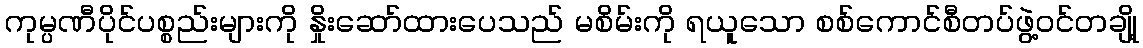
ကုမ္ပဏီပိုင်ပစ္စည်းများကို နှိုးဆော်ထားပေသည် မစိမ်းကို ရယူသော စစ်ကောင်စီတပ်ဖွဲ့ဝင်တချို့